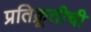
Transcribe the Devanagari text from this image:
प्रतिक्रूतीची